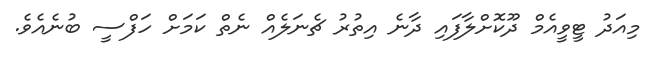
މިއަދު ޓީވީއެމް ދޫކޮށްލާފައި ދާނެ އިތުރު ޗެނަލެއް ނެތް ކަމަށް ހަފްސީ ބުނެއެވެ.